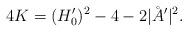
LaTeX: \begin{align*} 4 K = (H_0')^2 - 4 - 2 |\AA'|^2.\end{align*}